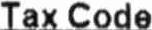
TAX CODE